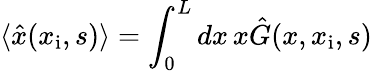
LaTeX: \langle\hat{x}(x_{\mathrm{i}},s)\rangle=\int_{0}^{L}dx\, x\hat{G}(x,x_{\mathrm{i}},s)